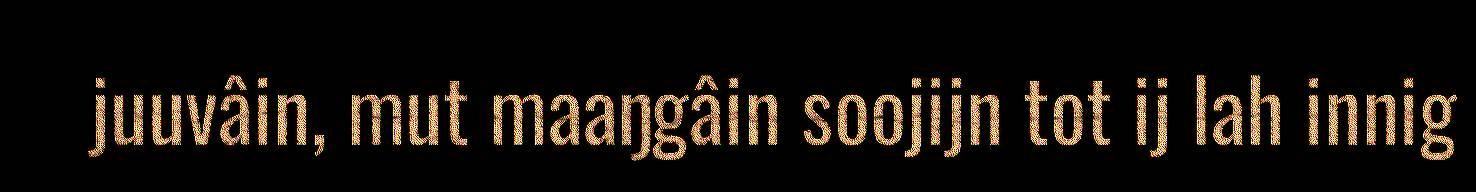
juuvâin, mut maaŋgâin soojijn tot ij lah innig